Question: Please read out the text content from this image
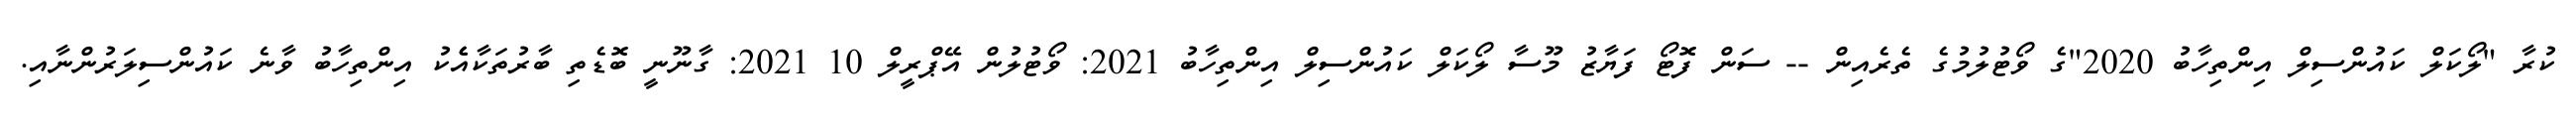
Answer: ކުރާ "ލޯކަލް ކައުންސިލް އިންތިހާބު 2020"ގެ ވޯޓުލުމުގެ ތެރެއިން -- ސަން ފޮޓޯ ފަޔާޒު މޫސާ ލޯކަލް ކައުންސިލް އިންތިހާބު 2021: ވޯޓުލުން އޭޕްރީލް 10 2021: ގާނޫނީ ބޮޑެތި ބާރުތަކާއެެކު އިންތިހާބު ވާނެ ކައުންސިލަރުންނާއި.